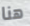
هنا